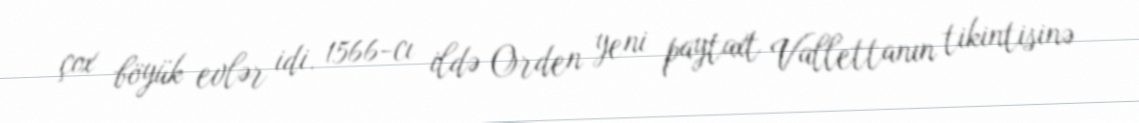
çox böyük evlər idi. 1566-cı ildə Orden yeni paytaxt Vallettanın tikintisinə